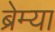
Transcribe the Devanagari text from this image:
ब्रेम्या